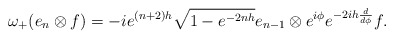
\begin{align*}\omega_{+}(e_n\otimes f)=-ie^{(n+2)h}\sqrt{1-e^{-2nh}}e_{n-1}\otimes e^{i\phi}e^{-2ih\frac{d}{d\phi}}f. \end{align*}